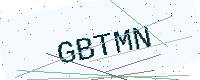
Text: GBTMN